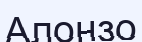
Алонзо